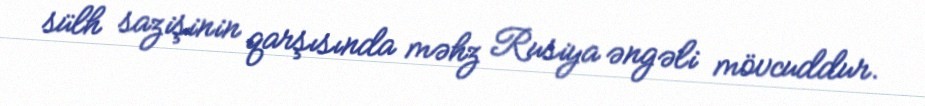
sülh sazişinin qarşısında məhz Rusiya əngəli mövcuddur.